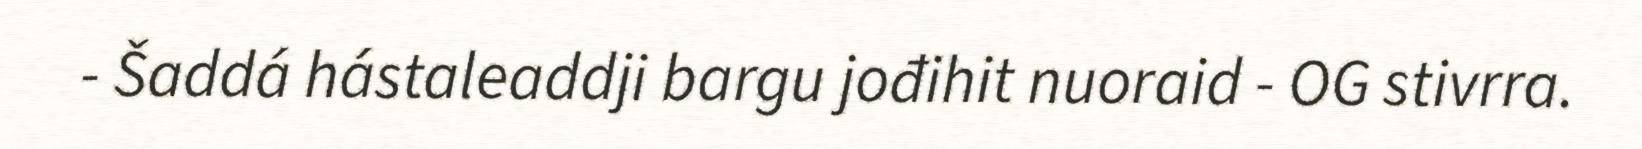
- Šaddá hástaleaddji bargu jođihit nuoraid - OG stivrra.